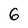
Character: 6